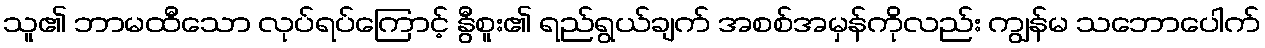
သူ၏ ဘာမထီသော လုပ်ရပ်ကြောင့် နွီစူး၏ ရည်ရွယ်ချက် အစစ်အမှန်ကိုလည်း ကျွန်မ သဘောပေါက်